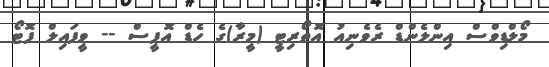
މޯލްޑިވްސް އިންލެންޑް ރެވެނިއު އޮތޯރިޓީ (މީރާ)ގެ ހެޑް އޮފީސް -- ވީފައިލް ފޮޓޯ